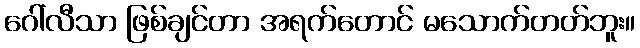
ဂေါ်လီသာ ဖြစ်ချင်တာ အရက်တောင် မသောက်တတ်ဘူး။